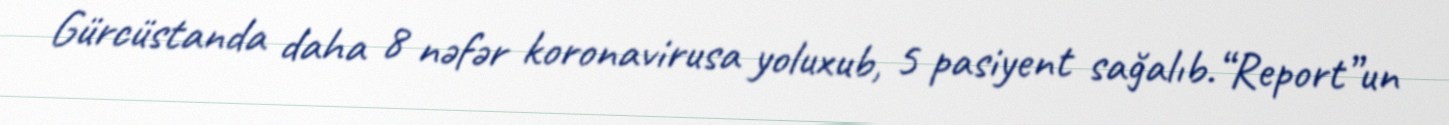
Gürcüstanda daha 8 nəfər koronavirusa yoluxub, 5 pasiyent sağalıb.“Report”un